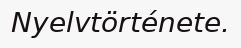
Nyelvtörténete.